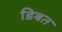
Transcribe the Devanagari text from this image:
डिबत